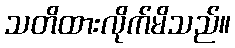
သတိထားလိုက်မိသည်။